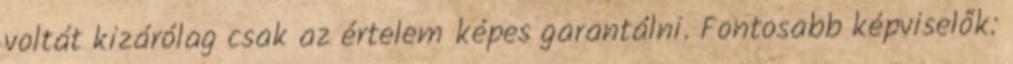
voltát kizárólag csak az értelem képes garantálni. Fontosabb képviselők: